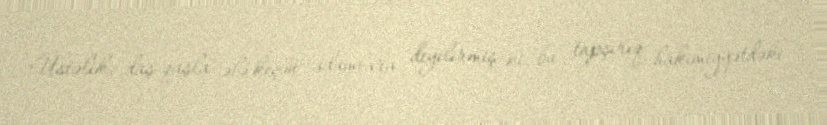
Üstəlik, daş-qaşla ələ keçən adamlara deyilirmiş ki, bu tapşırıq hakimiyyətdəki